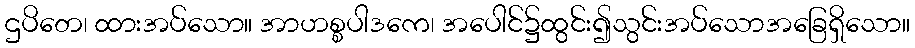
ဌပိတေ၊ ထားအပ်သော။ အာဟစ္စပါဒကေ၊ အပေါင်၌ထွင်း၍သွင်းအပ်သောအခြေရှိသော။